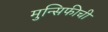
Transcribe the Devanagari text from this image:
मुन्सिफीची